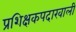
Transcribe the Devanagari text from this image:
प्रशिक्षकपदाखाली